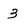
Character: 3